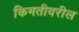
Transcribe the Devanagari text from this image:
किमतीवरील